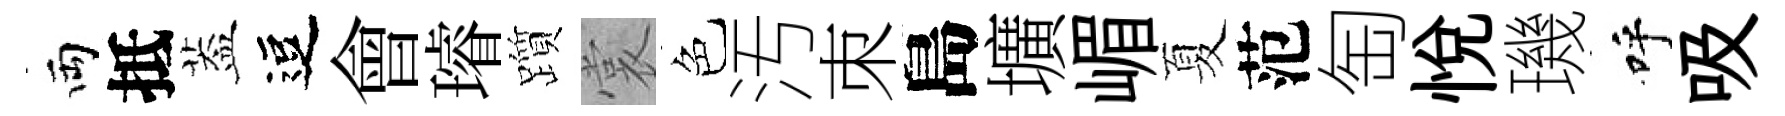
両抵葢逗會璿躓裳色汚朿島壙嵋夏范匋悦璣呼吸